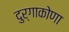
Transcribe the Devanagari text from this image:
दुर्गाकोणा